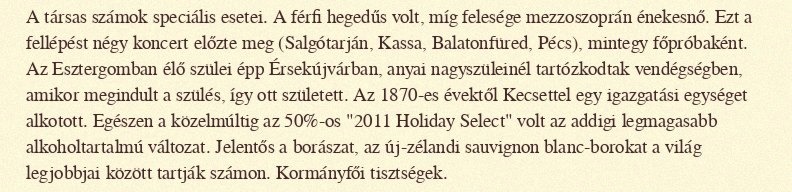
A társas számok speciális esetei. A férfi hegedűs volt, míg felesége mezzoszoprán énekesnő. Ezt a fellépést négy koncert előzte meg (Salgótarján, Kassa, Balatonfüred, Pécs), mintegy főpróbaként. Az Esztergomban élő szülei épp Érsekújvárban, anyai nagyszüleinél tartózkodtak vendégségben, amikor megindult a szülés, így ott született. Az 1870-es évektől Kecsettel egy igazgatási egységet alkotott. Egészen a közelmúltig az 50%-os "2011 Holiday Select" volt az addigi legmagasabb alkoholtartalmú változat. Jelentős a borászat, az új-zélandi sauvignon blanc-borokat a világ legjobbjai között tartják számon. Kormányfői tisztségek.